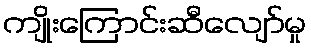
ကျိုးကြောင်းဆီလျော်မှု